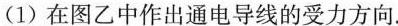
(1)在图乙中作出通电导线的受力方向。